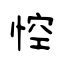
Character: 悾